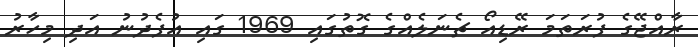
ރާއްޖޭގެ ފުރަތަމަ ރޭޑިއޯ ޗެނަލެއްގެ ގޮތުގައި 1969 ގައި އުފެދުނު އަދި މިހާރު